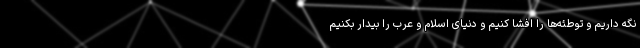
نگه داریم و توطئه‌ها را افشا کنیم و دنیای اسلام و عرب را بیدار بکنیم